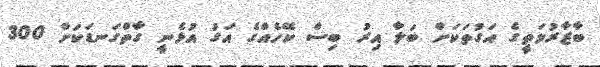
ބާޒާރުމަތީގެ އަގުތަކަށް ބަލާ އިރު ބިސް ކޭހެއްގެ އަގު އުޅެނީ ގާތްގަނޑަކަށް 300